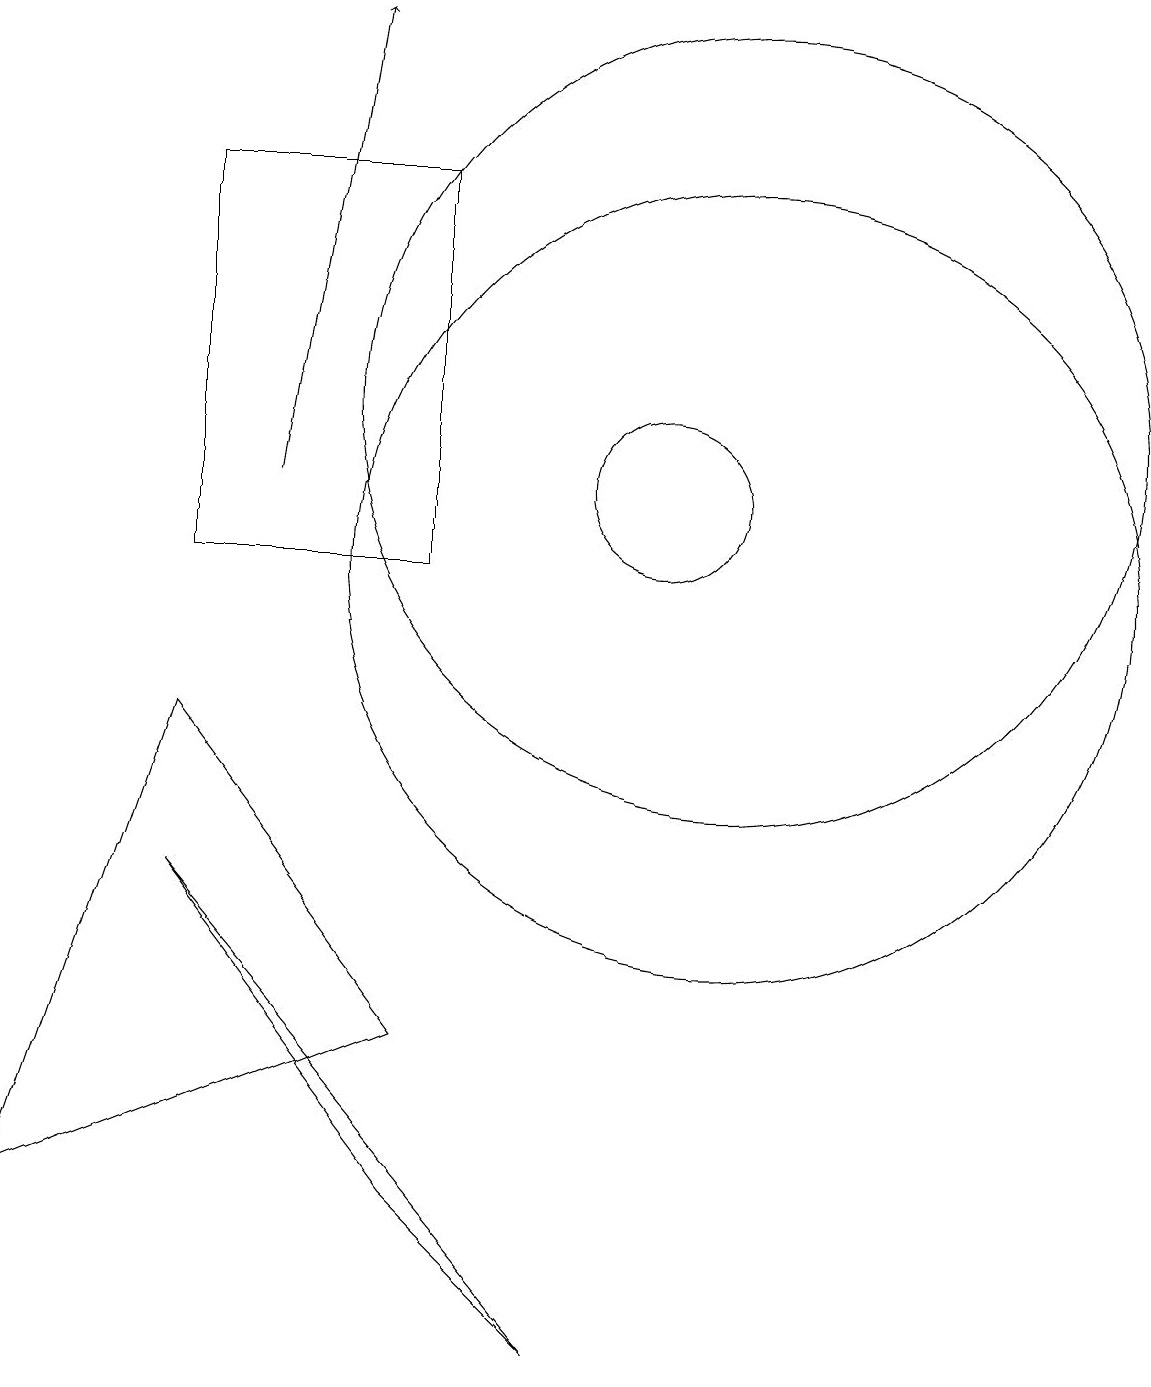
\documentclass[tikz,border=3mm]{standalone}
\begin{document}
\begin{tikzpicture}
\draw[->] (5,11) -- (6,17);
\draw (7,2) -- (9,0) -- (4,6) -- cycle;
\draw (4,15) rectangle (7,10);
\draw (11,12) circle (5);
\draw (11,10) circle (5);
\draw (7,4) -- (2,2) -- (4,8) -- cycle;
\draw (10,11) circle (1);
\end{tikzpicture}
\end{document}